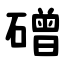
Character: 磳